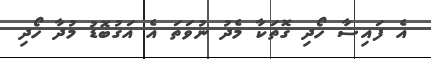
އެ ފައިސާ ހޯދި ގޮތަކާ މެދު ނުވަތަ އެ އަގުބޮޑު މުދާ ހޯދި